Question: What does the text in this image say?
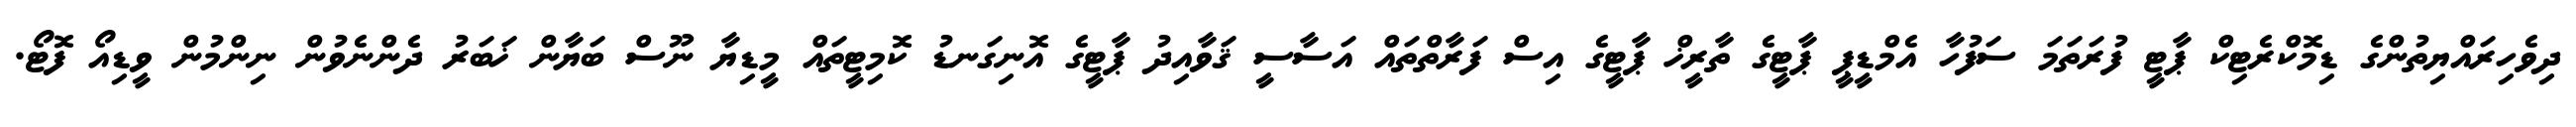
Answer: ދިވެހިރައްޔިތުންގެ ޑިމޮކްރެޓިކް ޕާޓީ ފުރަތަމަ ސަފުހާ އެމްޑީޕީ ޕާޓީގެ ތާރީޚް ޕާޓީގެ އިސް ފަރާތްތައް އަސާސީ ޤަވާއިދު ޕާޓީގެ އޮނިގަނޑު ކޮމިޓީތައް މީޑިޔާ ނޫސް ބަޔާން ޚަބަރު ދެންނެވުން ނިންމުން ވީޑިއޯ ފޮޓޯ.